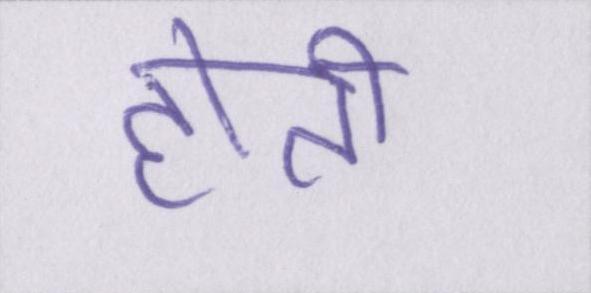
होती